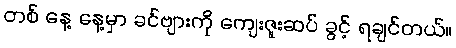
တစ် နေ့ နေ့မှာ ခင်ဗျားကို ကျေးဇူးဆပ် ခွင့် ရချင်တယ်။